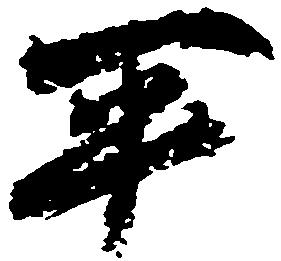
平